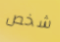
شخص